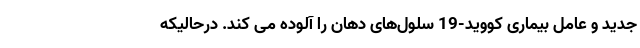
جدید و عامل بیماری کووید-19 سلول‌های دهان را آلوده می کند. درحالیکه